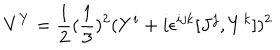
LaTeX: V ^ { Y } = { \frac { 1 } { 2 } } ( { \frac { 1 } { 3 } } ) ^ { 2 } ( Y ^ { i } + i \epsilon ^ { i j k } [ J ^ { j } , Y ^ { k } ] ) ^ { 2 }